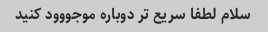
سلام لطفا سریع تر دوباره موجووود کنید